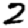
Digit: 2